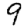
Digit: 9